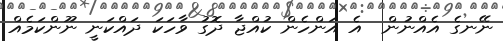
ނޭނގެ އެއްނުން  އެ އަންހެން ކުއްޖާ ދޮގު ވާހަކަ ދައްކަނީ ނޫންކަމެއް